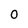
Character: 0